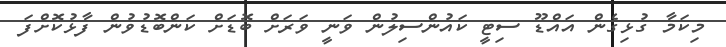
މިކަމާ ގުޅިގެން އައްޑޫ ސިޓީ ކައުންސިލުން ވަނީ ވަރަށް ބޮޑަށް ކަންބޮޑުވުން ފާޅުކޮށްފަ